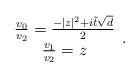
LaTeX: \begin{align*}\begin{array}{c} \frac{v_0}{v_2} = \frac{-|z|^2+i\tilde{t}\sqrt{d}}{2}\\ \frac{v_1}{v_2} = z\end{array}.\end{align*}